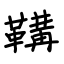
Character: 鞲